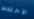
الاختلاط